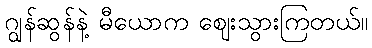
ဂျွန်ဆွန်နဲ့ မီယောက ဈေးသွားကြတယ်။